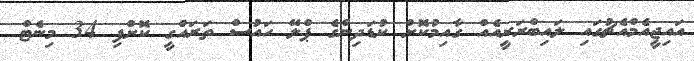
އައިޖީއެމްއެޗުގައި ލައިބްރަރީއެއް ގާއިމުކޮށް ކުޑަދިންގެ ޕްލޭ ހައުސް ތަރައްގީ ކޮށްފި 34 މިނެޓް